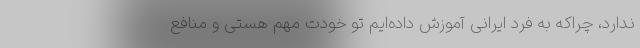
ندارد، چراکه به فرد ایرانی آموزش داده‌ایم تو خودت مهم هستی و منافع